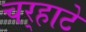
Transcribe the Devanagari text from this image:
चर्‍हाटे